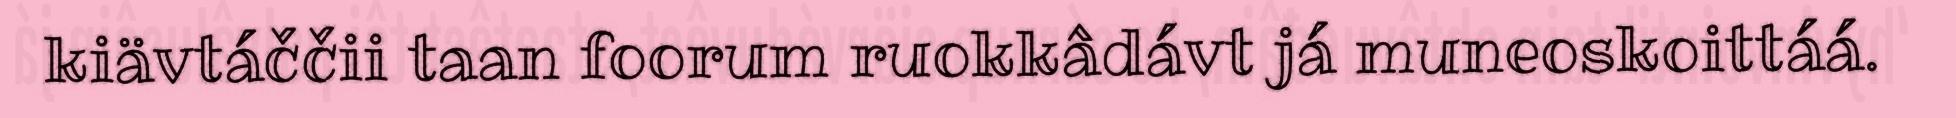
kiävtáččii taan foorum ruokkâdávt já muneoskoittáá.